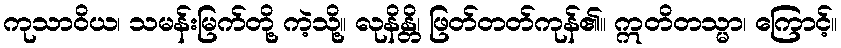
ကုသာဝိယ၊ သမန်းမြက်တို့ ကဲ့သို့။ လုနိန္တိ၊ ဖြတ်တတ်ကုန်၏။ ဣတိတသ္မာ၊ ကြောင့်။